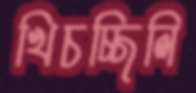
খিচচ্ছিলি